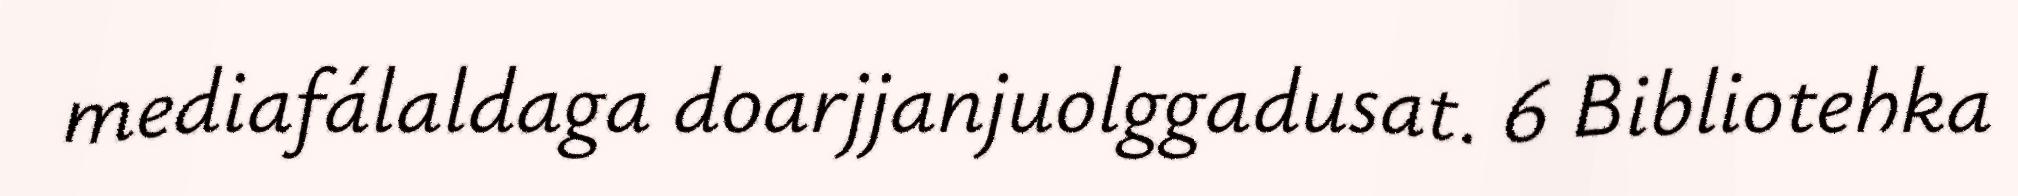
mediafálaldaga doarjjanjuolggadusat. 6 Bibliotehka